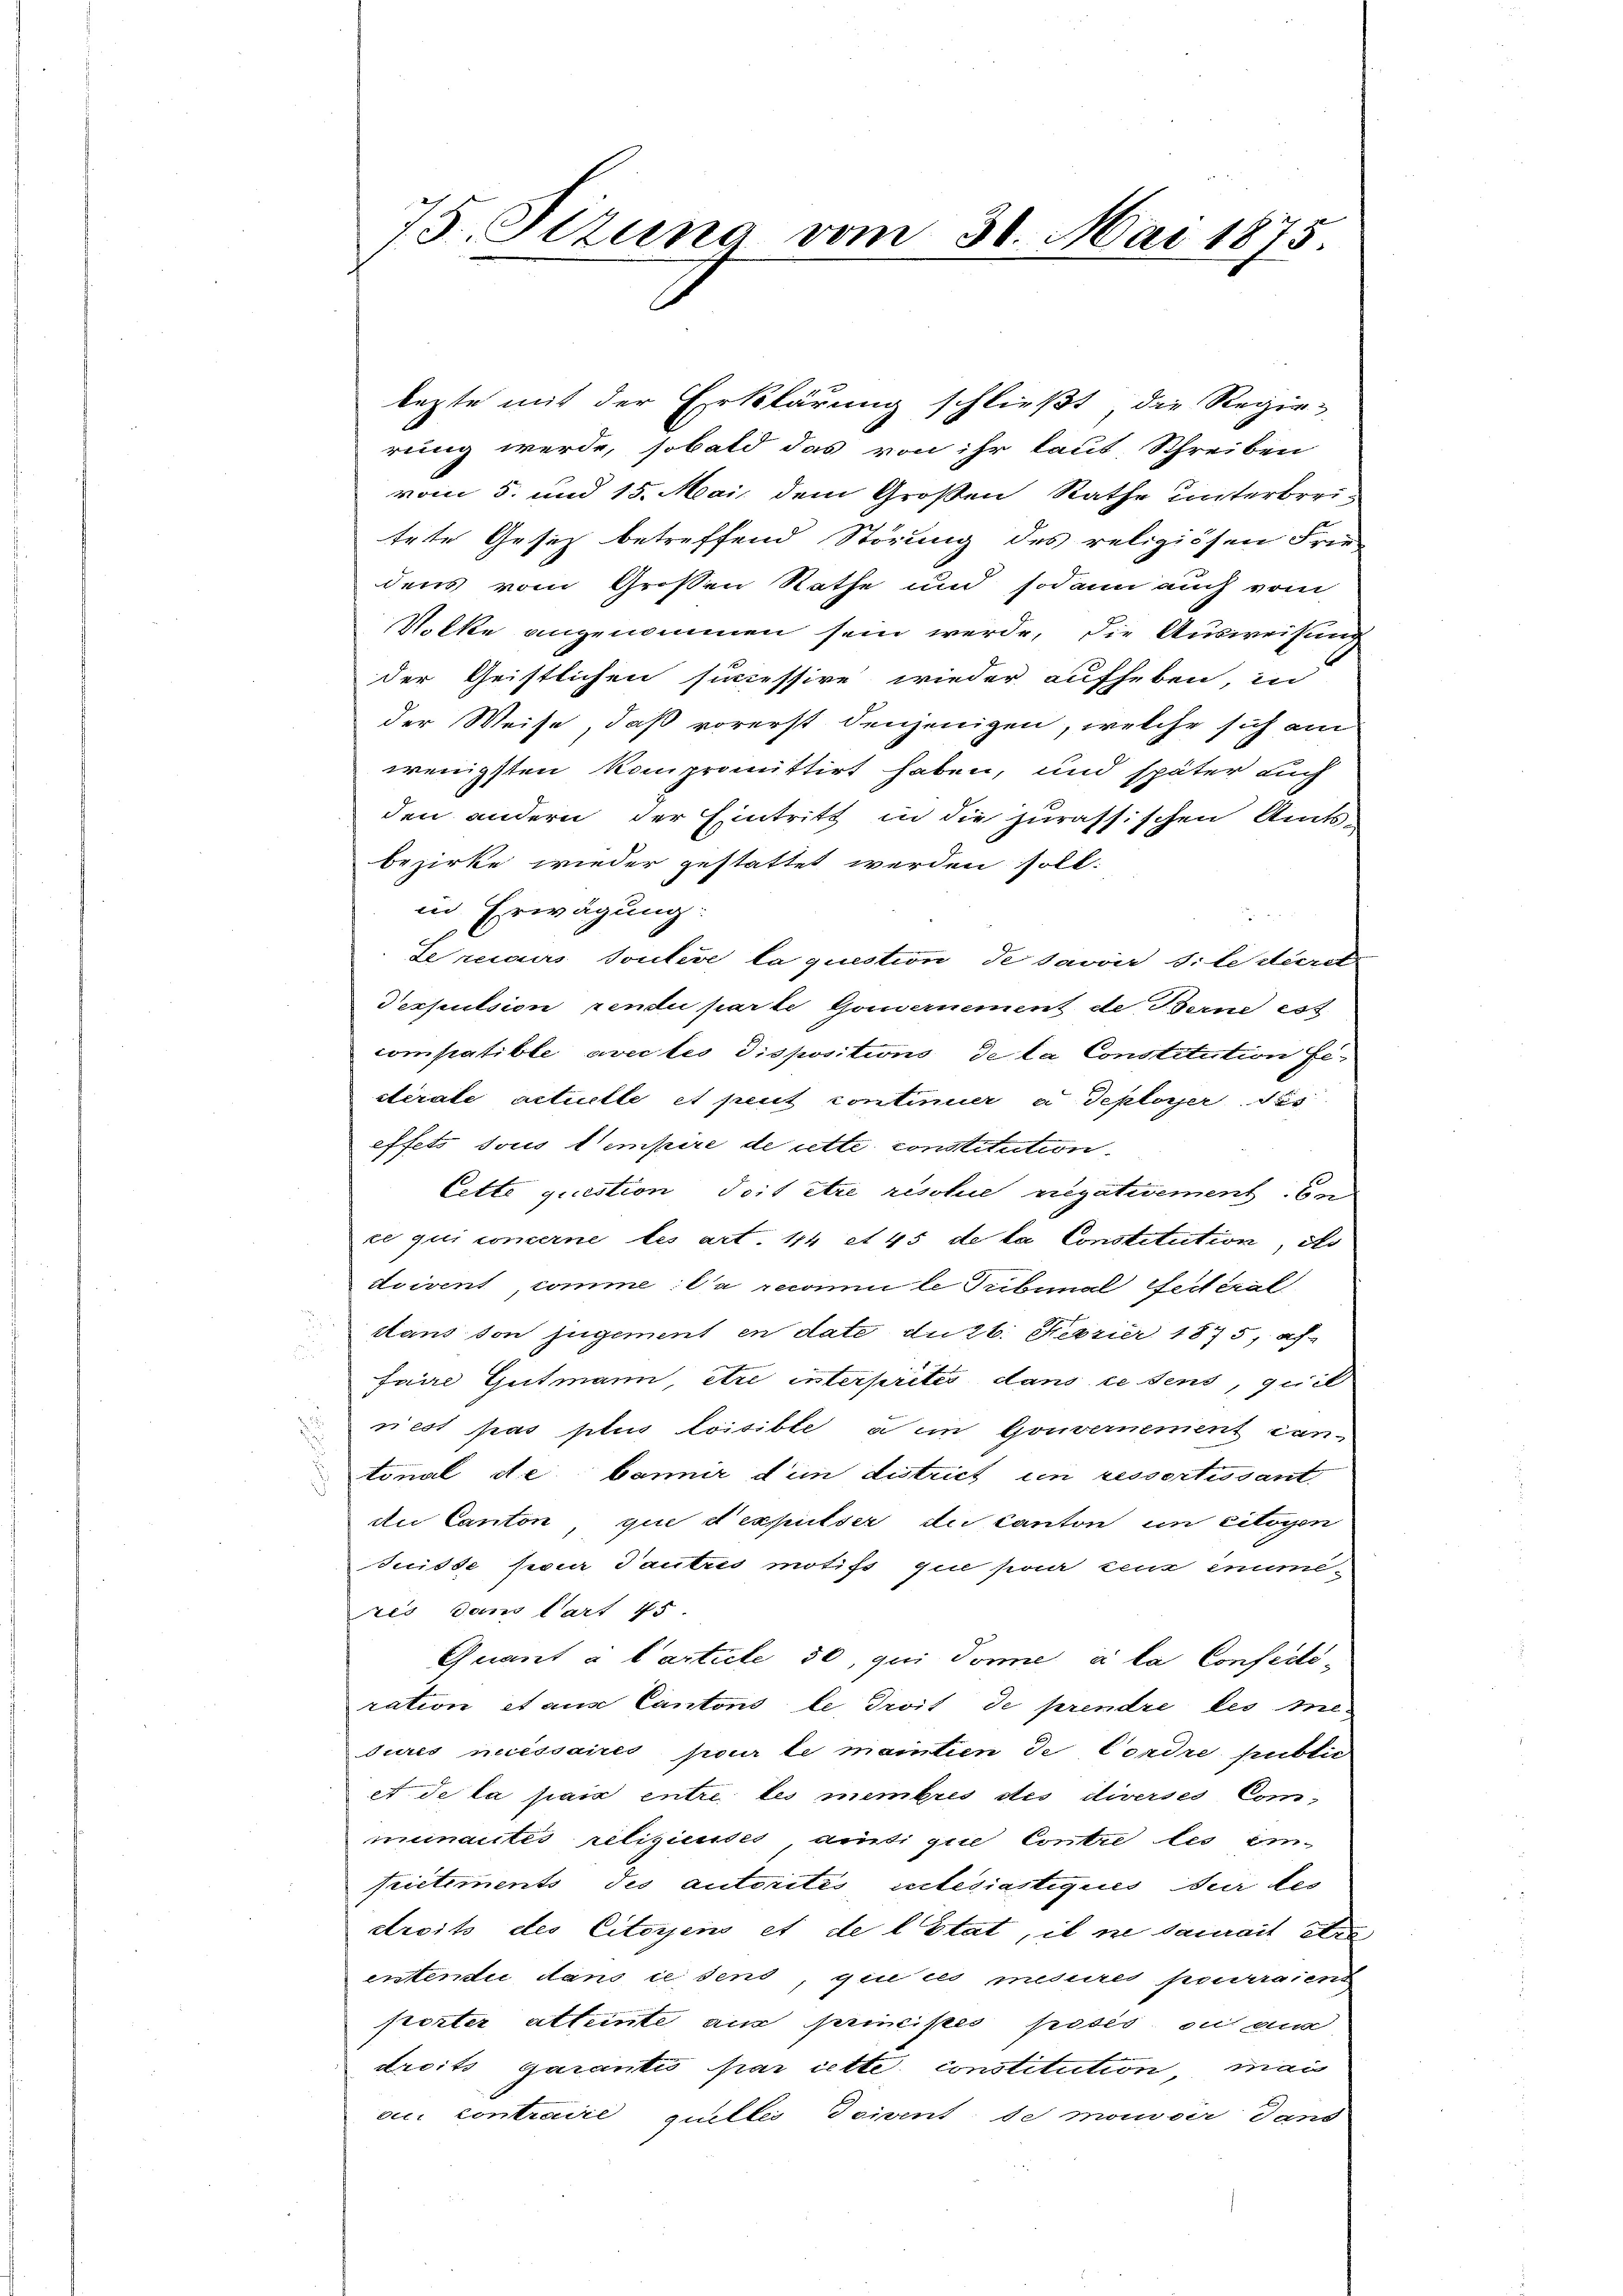
legte mit der Erklärung schließt, die Regie-
rung werde, sobald das von ihr laut Schreiben
vom 5. und 15. Mai dem Großen Rathe unterbreitrte Gesitz betreffend Störung des religiösen Frie-
dens vom Großen Rathe und sodann auch vom
Volke angenommen sein werde, die Ausweisung
der Geistlichen successire wieder aufheben, in
der Weise, daß vorerst denjenigen, welche sich am
wenigsten kompromittirt haben, und später auch
den andern der Eintritt in die jurassischen Amtsbezirke wieder gestattet werden soll.
in Erwägung:
Lerciers toutere la question de savoir silederet
Dexpulsion rendu parte Gouvernement de Berne est
compatible avec les dispositions de la Constitution Gesterale actuelle et peut continuer a Teployer Sus
effets sous tempire de cette constitution
Cette question doit être risolie negativement bei
ce qui concerne les art. 114 et 45 de la Constitution, do
Avivent, comme: la recomni le Tribunal Seiteral
dans von jugement en date du 26. Febrier 1875, af
faire Gutmann, être interprités dans ce sens, qui il
nest pas plus loisible a in Gouvernement can-
tonal de bannir den district un ressortissant
du Canton, que d’expulser die Canton in citoyen
Suisse paar Tautres motifs que par ceux enume-
tes dem Cart 45.
Quant à l’article 30, qui donne à la Confectiration et aus Cantons le Troit de prendre les medures nuissaires pour le maintien de Cordre public
A de la pais entre les membris des diverses Commenautés relizienses, anti que Contre les einfristiments des autorites erlesiastiques der des
droits des Citorens et de l’Etat, il ne saurait étra
entendii dans ce dens, qui es mesures pourraient
frezter attente aus principes posés ou aus
droits Garantis par cette constitution mai
oi contradié quelles doivent de monder dans

75. Sizung vom 30. Mai 1875